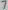
Text: 7